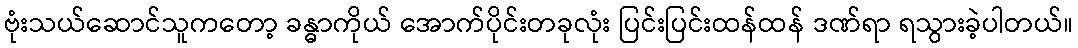
ဗုံးသယ်ဆောင်သူကတော့ ခန္ဓာကိုယ် အောက်ပိုင်းတခုလုံး ပြင်းပြင်းထန်ထန် ဒဏ်ရာ ရသွားခဲ့ပါတယ်။